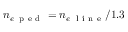
n _ { e \, \mathrm { ~ p ~ e ~ d ~ } } = n _ { e \, \mathrm { ~ l ~ i ~ n ~ e ~ } } / 1 . 3